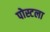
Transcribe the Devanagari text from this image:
पोस्टला